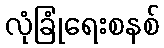
လုံခြုံရေးစနစ်